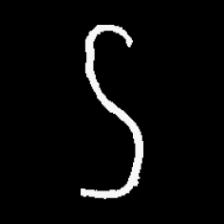
Pyu character \u2014 Myanmar letter: ဌ (romanized: ttha)